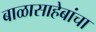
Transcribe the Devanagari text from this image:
बाळासाहेबांचा